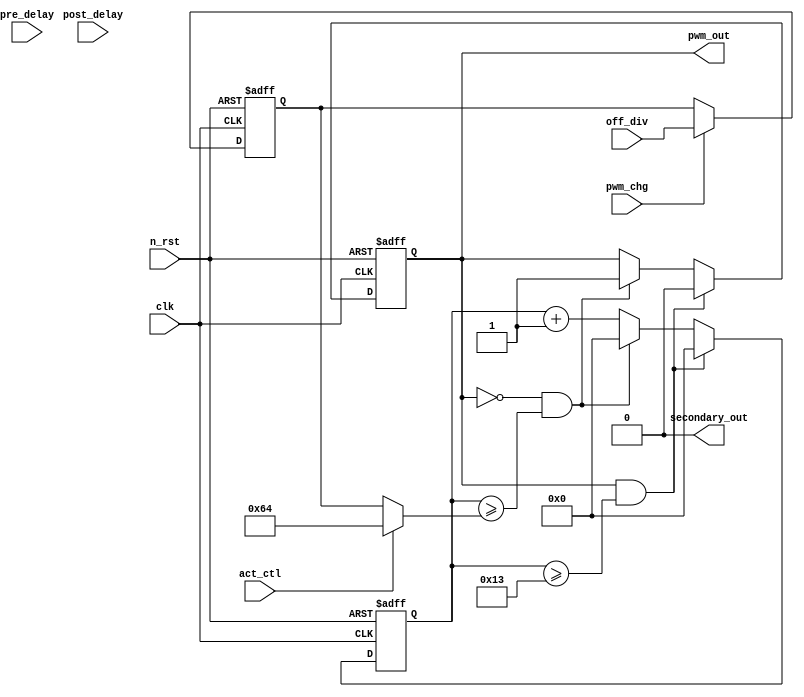
module pwm_tx #(
    parameter ON_DIV = 20,
    parameter CNT_WIDTH = 16,
    parameter ADC_WIDTH = 12,
    parameter SECONDARY_DELAY = 'd10,
    parameter START_OFF_DIV = 100,
    parameter START_ON_DIV = 100
)(
    input clk, n_rst, pwm_chg, act_ctl,
    input [CNT_WIDTH-1:0] off_div,
    input [CNT_WIDTH-1:0] pre_delay, post_delay,
    output pwm_out, secondary_out
);

reg [CNT_WIDTH-1:0] off_reg, off_time, on_time;
reg [CNT_WIDTH-1:0] counter, sec_lim;
reg cur_pwm, cur_secondary;

//assign secondary_out = (cur_pwm == 1'b0 & counter < ON_DIV - post_delay & counter >= pre_delay) ? 1'b1 
//: (ON_DIV > pre_delay + post_delay + off_reg) ? 1'b0 : 1'b1;

always @(posedge clk, negedge n_rst) begin
    if(n_rst == 0) begin
        off_reg <= '0;
    end else if (pwm_chg) begin
        off_reg <= off_div;
    end
end

always @(posedge clk, negedge n_rst) begin
    if(n_rst == 0) begin
        counter <= '0;
        cur_pwm <= 0;
    end else if (cur_pwm == 1 && counter >= on_time-1) begin
        cur_pwm <= 0;
        counter <= '0;
    end else if (cur_pwm == 0 && counter >= off_time) begin
        cur_pwm <= 1;
        counter <= '0;
    end else begin
        counter <= counter + 1;
    end
end

assign on_time = ON_DIV;
//assign on_time = (act_ctl == 1) ? START_ON_DIV : ON_DIV;
assign off_time = (act_ctl == 1) ? START_OFF_DIV : off_reg;
assign pwm_out = cur_pwm;
assign secondary_out = 0;

endmodule